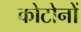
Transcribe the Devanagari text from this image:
कोटोनों